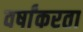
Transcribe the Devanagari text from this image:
वर्षांकरता